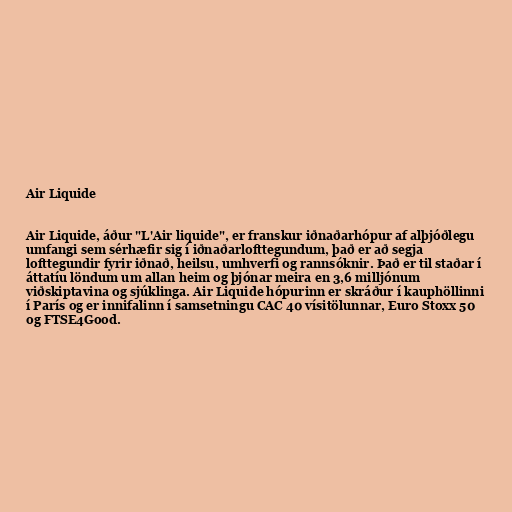
Air Liquide

Air Liquide, áður "L'Air liquide", er franskur iðnaðarhópur af alþjóðlegu
umfangi sem sérhæfir sig í iðnaðarlofttegundum, það er að segja
lofttegundir fyrir iðnað, heilsu, umhverfi og rannsóknir. Það er til staðar í
áttatíu löndum um allan heim og þjónar meira en 3,6 milljónum
viðskiptavina og sjúklinga. Air Liquide hópurinn er skráður í kauphöllinni
í París og er innifalinn í samsetningu CAC 40 vísitölunnar, Euro Stoxx 50
og FTSE4Good.